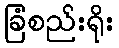
ခြံစည်းရိုး